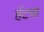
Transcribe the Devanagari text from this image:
हॅटचा